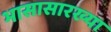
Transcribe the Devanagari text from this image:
भासासारख्या